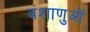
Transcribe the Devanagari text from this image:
वंशाणुओं